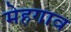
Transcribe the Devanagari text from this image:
मेहगाव